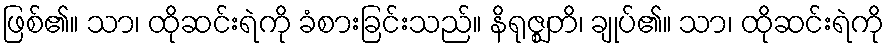
ဖြစ်၏။ သာ၊ ထိုဆင်းရဲကို ခံစားခြင်းသည်။ နိရုဇ္ဈတိ၊ ချုပ်၏။ သာ၊ ထိုဆင်းရဲကို